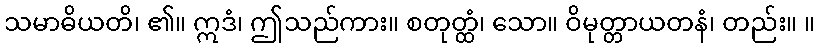
သမာဓိယတိ၊ ၏။ ဣဒံ၊ ဤသည်ကား။ စတုတ္ထံ၊ သော။ ဝိမုတ္တာယတနံ၊ တည်း။ ။